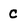
Character: C